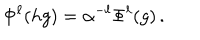
LaTeX: \Phi ^ { \ell } ( h g ) = \alpha ^ { - \ell } \Phi ^ { \ell } ( g ) \, .